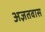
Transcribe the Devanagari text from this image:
अज्ञतवास